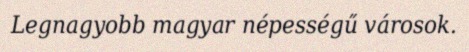
Legnagyobb magyar népességű városok.